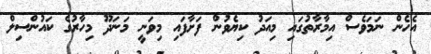
އެހެން ނަމަވެސް އިމާރާތުގައި މިއަދު ކިޔެވުން ފަށާފައި މިވަނީ މަނަދޫ މިހާރުގެ ކައުންސިލް